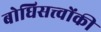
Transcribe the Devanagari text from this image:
बोधिसत्त्‍वोंकी